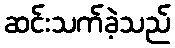
ဆင်းသက်ခဲ့သည်